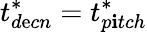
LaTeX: t_{d\mathrm{e}cn}^{*}=t_{p\mathbf{i}tch}^{*}